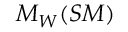
M _ { W } ( S M )